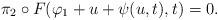
LaTeX: \begin{align*}\pi_2 \circ F(\varphi_1 +u + \psi(u,t), t) = 0.\end{align*}